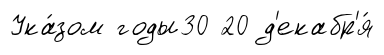
Ука́зом годы30 20 д'екабр'я́